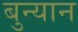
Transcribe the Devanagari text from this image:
बुन्यान